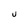
Character: U